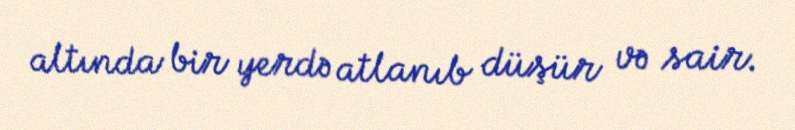
altında bir yerdə atlanıb düşür və sair.